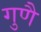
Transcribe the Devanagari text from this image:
गुणै